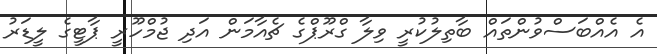
އެ އެއްބަސްވުންތައް ބާތިލުކުރީ ވިލާ ގްރޫޕްގެ ޗެއާމަން އަދި ޖުމްހޫރީ ޕާޓީގެ ލީޑަރު